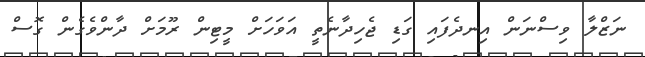
ނަޒްލާ ވިސްނަން އިނދެފައި ގަޑި ޖެހިދާނެތީ އަވަހަށް މީޓިން ރޫމަށް ދާންވެގެން ގޮސް